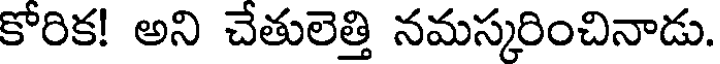
కోరిక! అని చేతులెత్తి నమస్కరించినాడు.